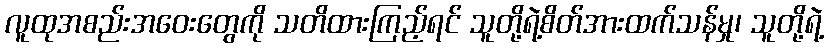
လူထုအစည်းအဝေးတွေကို သတိထားကြည့်ရင် သူတို့ရဲ့စိတ်အားထက်သန်မှု၊ သူတို့ရဲ့